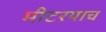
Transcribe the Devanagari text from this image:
मीटरयाच